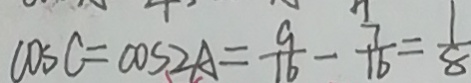
\cos C = \cos 2 A = \frac { 9 } { 1 6 } - \frac { 7 } { 1 6 } = \frac { 1 } { 8 }